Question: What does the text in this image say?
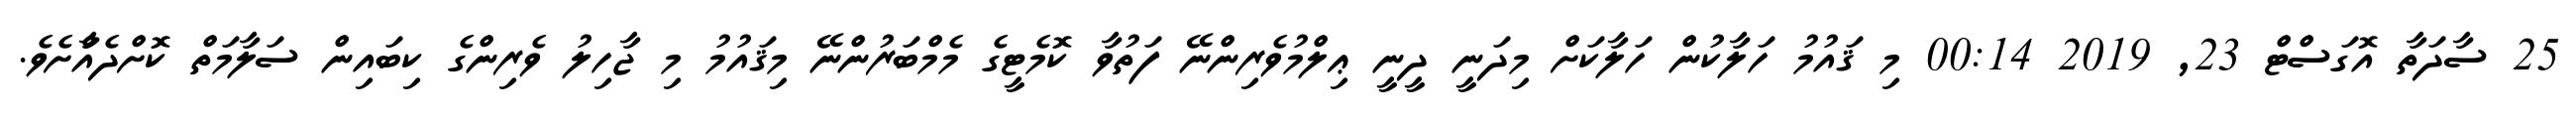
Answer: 25 ސާދަތާ އޮގަސްޓް 23, 2019 00:14 މި ޤައުމު ހަލާކުން ހަލާކަށް މިދަނީ ދީނީ ޢިލްމުވެރިންނޭ ފަތުވާ ކޮމެޓީގެ މެމްބަރުންނޭ މިޤައުމު މި ޖާހިލު ވެރިންގެ ކިބައިން ސަލާމަތް ކޮށްދެއްާށެވެ.